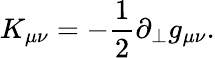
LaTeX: K_{\mu\nu}=-\frac{1}{2}\partial_{\perp}g_{\mu\nu}.